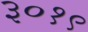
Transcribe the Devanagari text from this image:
३०१९